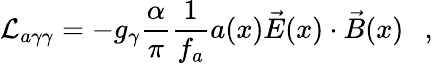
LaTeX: {\cal L}_{a\gamma\gamma}=-g_{\gamma}{\frac{\alpha}{\pi}}{\frac{1}{f_{a}}}a(x)\vec{E}(x)\cdot\vec{B}(x)~~\ ,